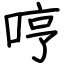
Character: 哼